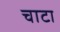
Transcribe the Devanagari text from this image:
चाटा